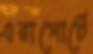
এরাপোর্টে